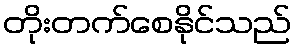
တိုးတက်စေနိုင်သည်